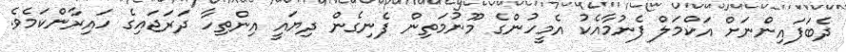
ދެބަފައިންނަށް އަކްމަލް ފެނުމާއެކު އެމީހުންގެ މޫނުމަތިން ފެނިގެން ދިޔައީ އިންތިހާ ދަރަޖައިގެ ހައިރާންކަމެވެ.